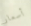
أسعار